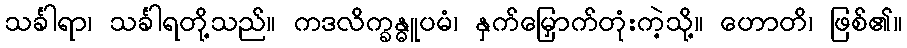
သင်္ခါရာ၊ သင်္ခါရတို့သည်။ ကဒလိက္ခန္ဓူပမံ၊ နှက်မြှောက်တုံးကဲ့သို့။ ဟောတိ၊ ဖြစ်၏။